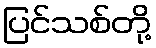
ပြင်သစ်တို့